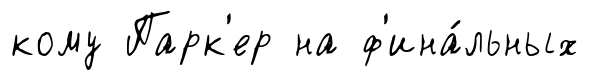
кому Парк'ер на ф'ина́льных